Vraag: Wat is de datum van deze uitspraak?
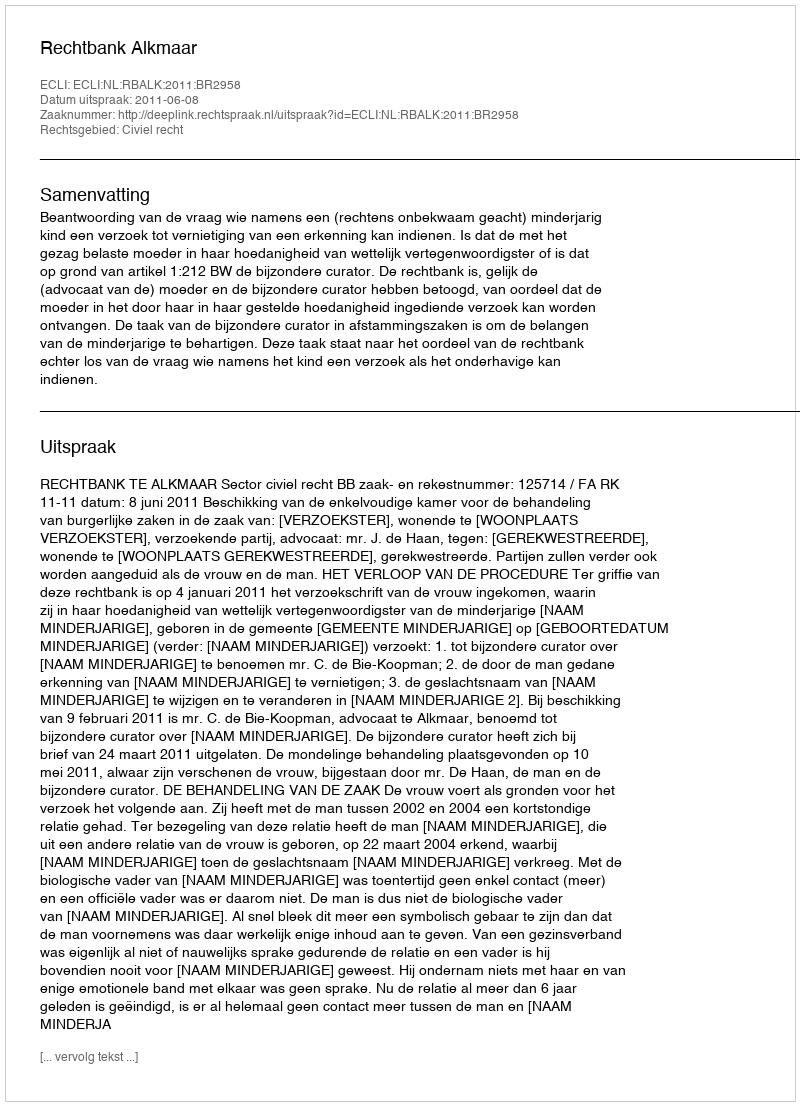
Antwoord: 2011-06-08